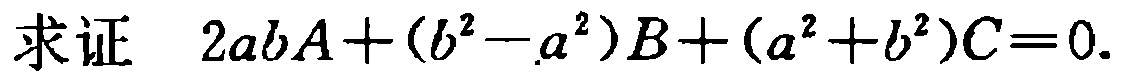
求证 \(2abA+(b^{2}-a^{2})B+(a^{2}+b^{2})C = 0\).